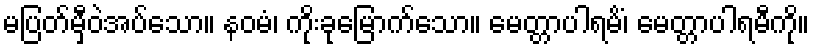
မပြတ်မှီဝဲအပ်သော။ နဝမံ၊ ကိုးခုမြောက်သော။ မေတ္တာပါရမိံ၊ မေတ္တာပါရမီကို။